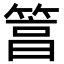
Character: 䈞